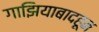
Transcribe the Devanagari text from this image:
गाझियाबादहून